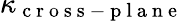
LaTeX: \kappa_{\mathrm{~c~r~o~s~s~-~p~l~a~n~e~}}